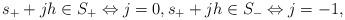
LaTeX: \begin{align*}s_+ + j h \in S_+ \Leftrightarrow j = 0,s_+ + j h \in S_- \Leftrightarrow j = -1,\end{align*}